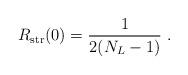
LaTeX: \begin{align*}R_{\rm str}(0) = {1\over 2 (N_L-1)}\ .\end{align*}